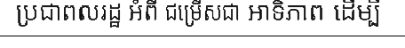
ប្រជាពលរដ្ឋ អំពី ជម្រើសជា អាទិភាព ដើម្បី